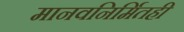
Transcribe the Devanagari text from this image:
मानवनिर्मितही